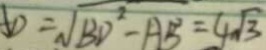
A D = \sqrt { B D ^ { 2 } - A B ^ { 2 } } = 4 \sqrt { 3 }